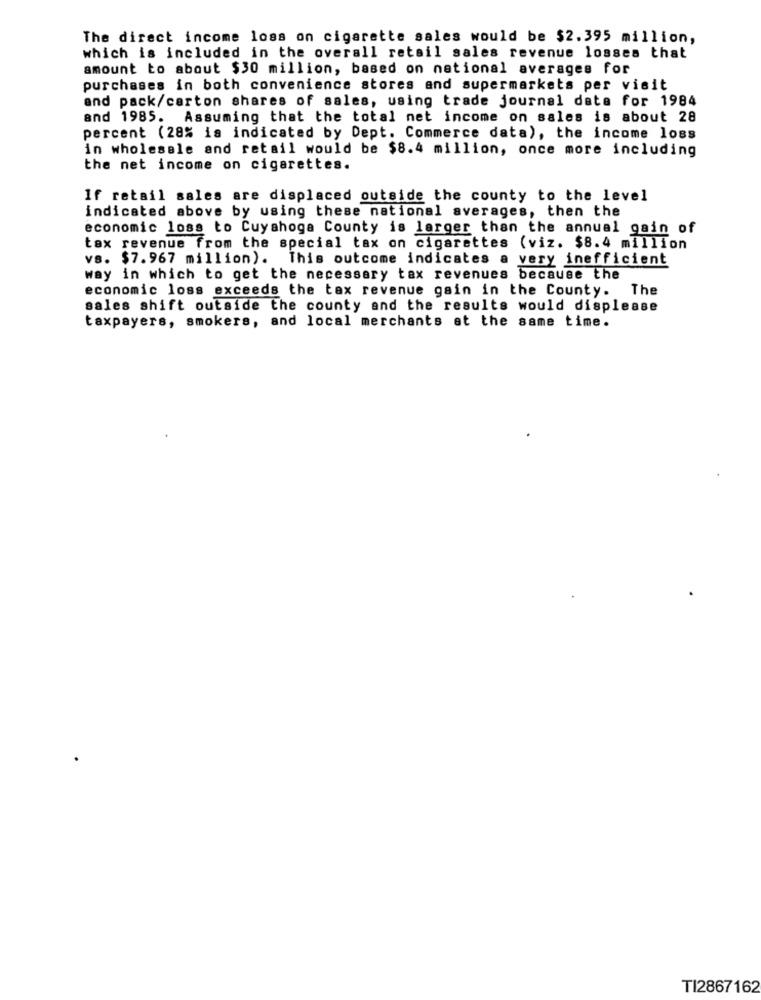
The direct income loss on cigarette sales would be $2.395 million,
which is included in the overall retail sales revenue losses that
amount to about $30 million, based on national averages for
purchases in both convenience stores and supermarkets per visit
and pack/carton shares of sales, using trade journal data for 1984
and 1985. Assuming that the total net income on sales is about 28
percent (28% is indicated by Dept. Commerce data), the income loss
in wholesale and retail would be $8.4 million, once more including
the net income on cigarettes.
If retail sales are displaced outside the county to the level
indicated above by using these national averages, then the
economic loss to Cuyahoga County is larger than the annual gain of
tax revenue from the special tax on cigarettes (viz. $8.4 million
vs. $7.967 million). This outcome indicates a very inefficient
way in which to get the necessary tax revenues because the
economic loss exceeds the tax revenue gain in the County. The
sales shift outside the county and the results would displease
taxpayers, smokers, and local merchants at the same time.
TI2867162